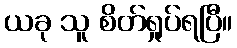
ယခု သူ စိတ်ရှုပ်ရပြီ။